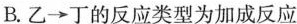
B. 乙 \rightarrow 丁的反应类型为加成反应